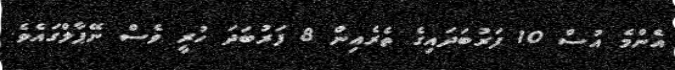
އެންމެ އުސް 10 ފަރުބަދައިގެ ތެރެއިން 8 ފަރުބަދަ ހުރީ ވެސް ނޭޕާލްގައެވެ.